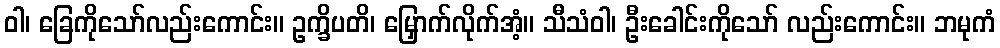
ဝါ၊ ခြေကိုသော်လည်းကောင်း။ ဥက္ခိပတိ၊ မြှောက်လိုက်အံ့။ သီသံဝါ၊ ဦးခေါင်းကိုသော် လည်းကောင်း။ ဘမုကံ